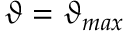
\vartheta = \vartheta _ { m a x }